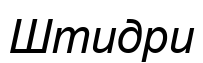
Штидри